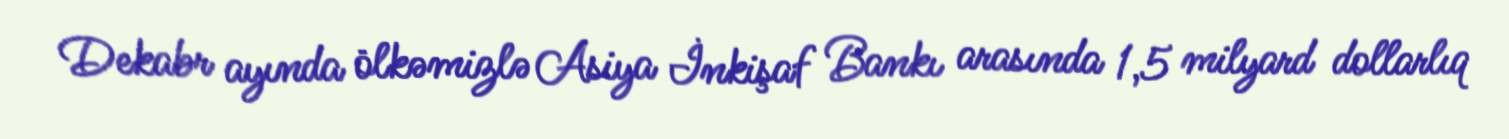
Dekabr ayında ölkəmizlə Asiya İnkişaf Bankı arasında 1,5 milyard dollarlıq